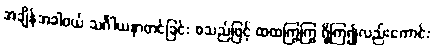
အချိန်အခါဝယ် သင်္ဂါယနာတင်ခြင်း စသည်ဖြင့် ထထကြွကြွ ရှိကြ၍လည်းကောင်း